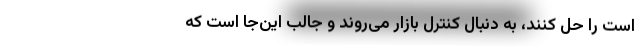
است را حل کنند، به دنبال کنترل بازار می‌روند و جالب این‌جا است که